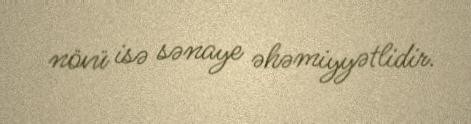
növü isə sənaye əhəmiyyətlidir.